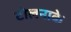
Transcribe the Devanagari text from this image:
टोलनाके